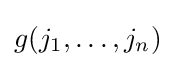
g(j_{1},\ldots ,j_{n})